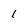
Character: 1